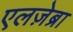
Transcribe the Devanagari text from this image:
एलज़ेब्रा